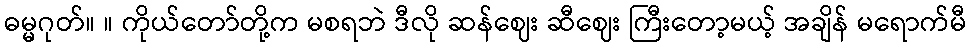
ဓမ္မဂုတ်။ ။ ကိုယ်တော်တို့က မစရဘဲ ဒီလို ဆန်ဈေး ဆီဈေး ကြီးတော့မယ့် အချိန် မရောက်မီ